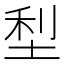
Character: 𫭴